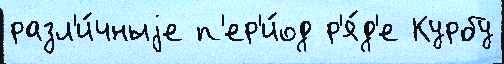
разл'и́чныjе п'ер'и́од р'я́д'е Курбу